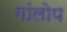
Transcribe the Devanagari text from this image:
गांलोप